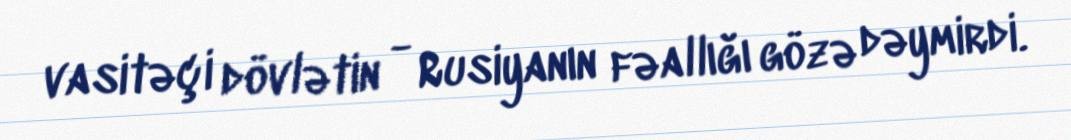
vasitəçi dövlətin - Rusiyanın fəallığı gözə dəymirdi.